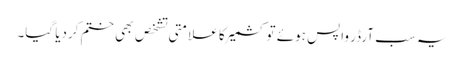
یہ سب آرڈر واپس ہوئے تو کشمیر کا علامتی تشخص بھی ختم کردیا گیا۔